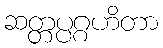
ဆတ္တပ္ပဂ္ဂဟိတာ